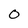
Character: 0